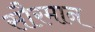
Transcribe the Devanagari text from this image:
सौरमान